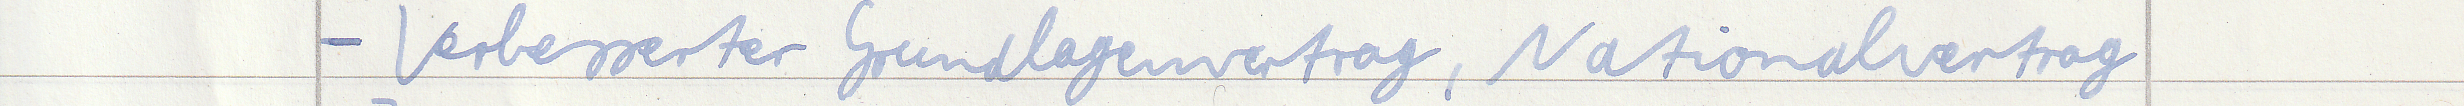
- Verbesserter Grundlagenvertrag, Nationalvertrag